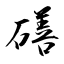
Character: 磰